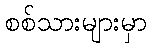
စစ်သားများမှာ